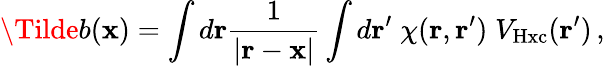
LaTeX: \Tilde{b}({\mathbf x})=\int d{\mathbf r}\frac{1}{|{\mathbf r}-{\mathbf x}|}\int d{\mathbf r^{\prime}}\; \chi({\mathbf r},{\mathbf r^{\prime}})\; V_{\mathrm{Hxc}}({\mathbf r^{\prime}})\, ,